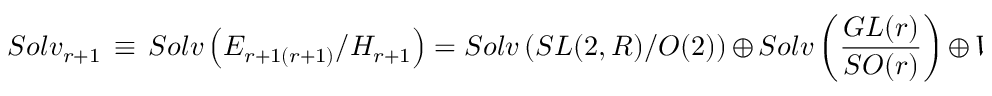
S o l v _ { r + 1 } \, \equiv \, S o l v \left( E _ { r + 1 ( r + 1 ) } / { \cal H } _ { r + 1 } \right) = S o l v \left( S L ( 2 , R ) / O ( 2 ) \right) \, \oplus \, S o l v \left( \frac { G L ( r ) } { S O ( r ) } \right) \, \oplus \, { \bar { \cal W } } _ { r + 1 }